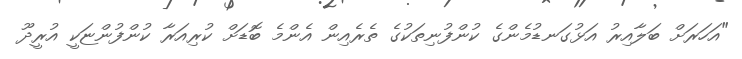
"އަހަރަށް ބަލާއިރު އަޅުގަނޑުމެންގެ ކުންފުނިތަކުގެ ތެރެއިން އެންމެ ބޮޑަށް ކުރިއަރާ ކުންފުންޏަކީ އުރީދޫ